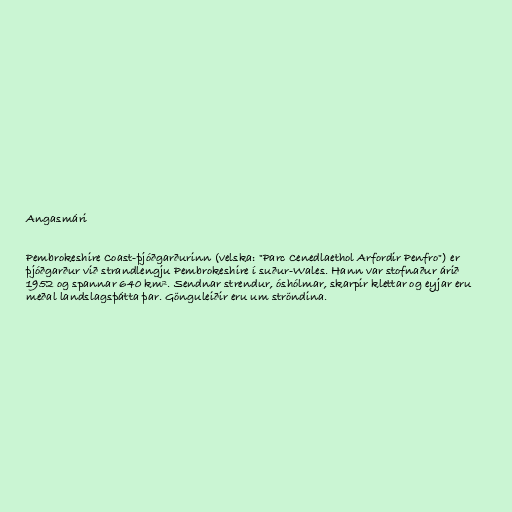
Angasmári

Pembrokeshire Coast-þjóðgarðurinn (velska: "Parc Cenedlaethol Arfordir Penfro") er
þjóðgarður við strandlengju Pembrokeshire í suður-Wales. Hann var stofnaður árið
1952 og spannar 640 km². Sendnar strendur, óshólmar, skarpir klettar og eyjar eru
meðal landslagsþátta þar. Gönguleiðir eru um ströndina.